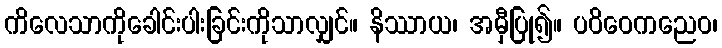
ကိလေသာကိုခေါင်းပါးခြင်းကိုသာလျှင်။ နိဿာယ၊ အမှီပြု၍။ ပဝိဝေကညေဝ၊